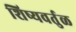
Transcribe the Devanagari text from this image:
शिष्यवर्तुळ